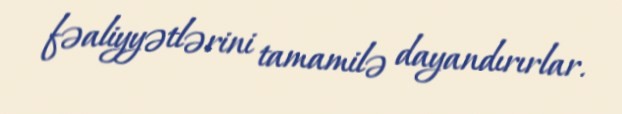
fəaliyyətlərini tamamilə dayandırırlar.